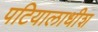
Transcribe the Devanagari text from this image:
पटियालाधीश